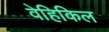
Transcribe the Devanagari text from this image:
वेहिकिल